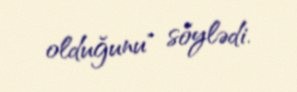
olduğunu" söylədi.